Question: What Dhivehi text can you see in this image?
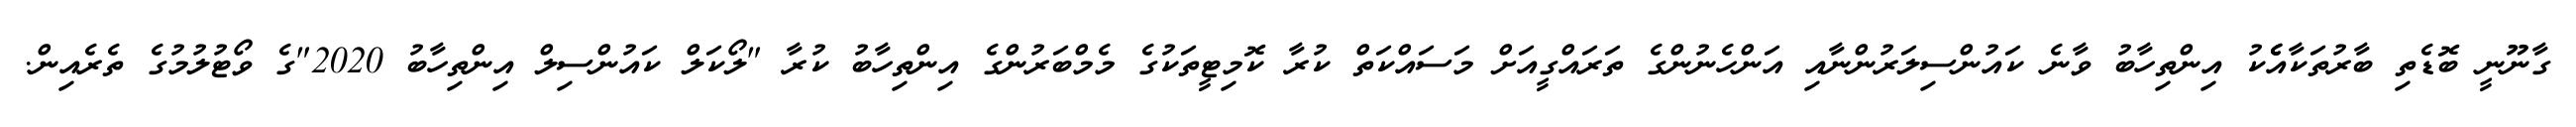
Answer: ގާނޫނީ ބޮޑެތި ބާރުތަކާއެެކު އިންތިހާބު ވާނެ ކައުންސިލަރުންނާއި އަންހެނުންގެ ތަރައްގީއަށް މަސައްކަތް ކުރާ ކޮމިޓީތަކުގެ މެމްބަރުންގެ އިންތިހާބު ކުރާ "ލޯކަލް ކައުންސިލް އިންތިހާބު 2020"ގެ ވޯޓުލުމުގެ ތެރެއިން.